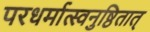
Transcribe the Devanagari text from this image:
परधर्मात्स्वनुष्ठितात्